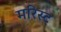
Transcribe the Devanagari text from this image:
मरिस्ट